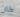
كان